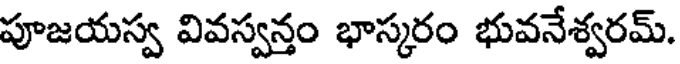
పూజయస్వ వివస్వన్తం భాస్కరం భువనేశ్వరమ్.